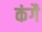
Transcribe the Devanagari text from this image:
कंगै